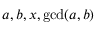
a , b , x , \operatorname* { g c d } ( a , b )